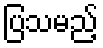
ပြသမည့်